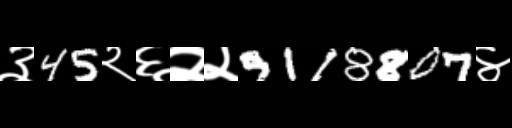
Text: ३45२६२२9118807४